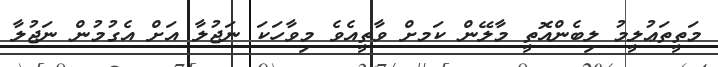
މަތީތަޢުލީމު ލިބެންއޮތީ މާލޭން ކަމށް ވާތީއެވެ މިވާހަކަ ނަޖުލާ އަށް އެގުމުން ނަޖުލާ